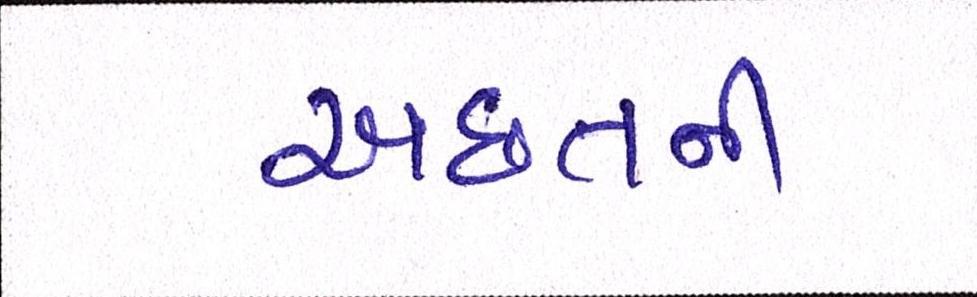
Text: અછતની